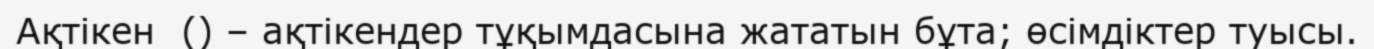
Ақтікен  () – ақтікендер тұқымдасына жататын бұта; өсімдіктер туысы.